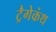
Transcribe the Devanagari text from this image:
ट्रैगेकंथ